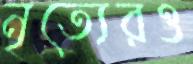
নৃত্যেরও